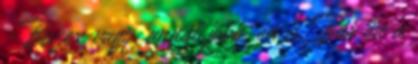
-Biszex vagy, annál jobb, én is. Bár én a